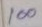
100